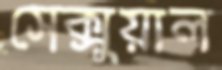
সেক্সুয়াল